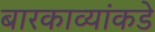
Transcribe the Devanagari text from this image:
बारकाव्यांकडे